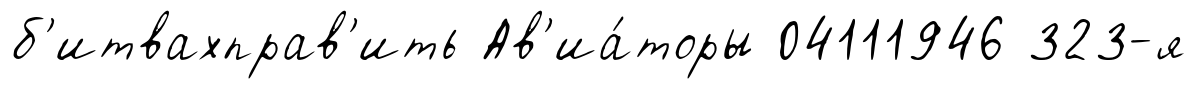
б'итвахправ'ить Ав'иа́торы 04111946 323-я